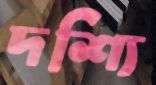
দশ্যি